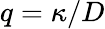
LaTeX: q=\kappa/D